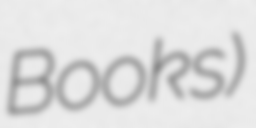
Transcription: Books)